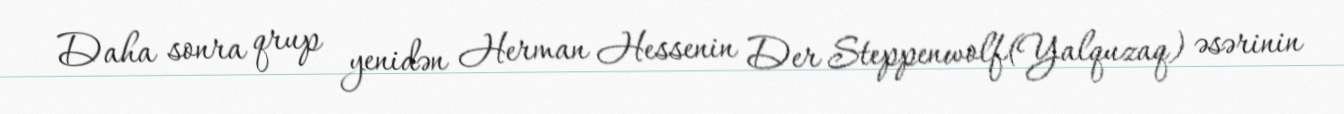
Daha sonra qrup yenidən Herman Hessenin Der Steppenwolf(Yalquzaq) əsərinin